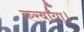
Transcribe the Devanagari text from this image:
करबाया।